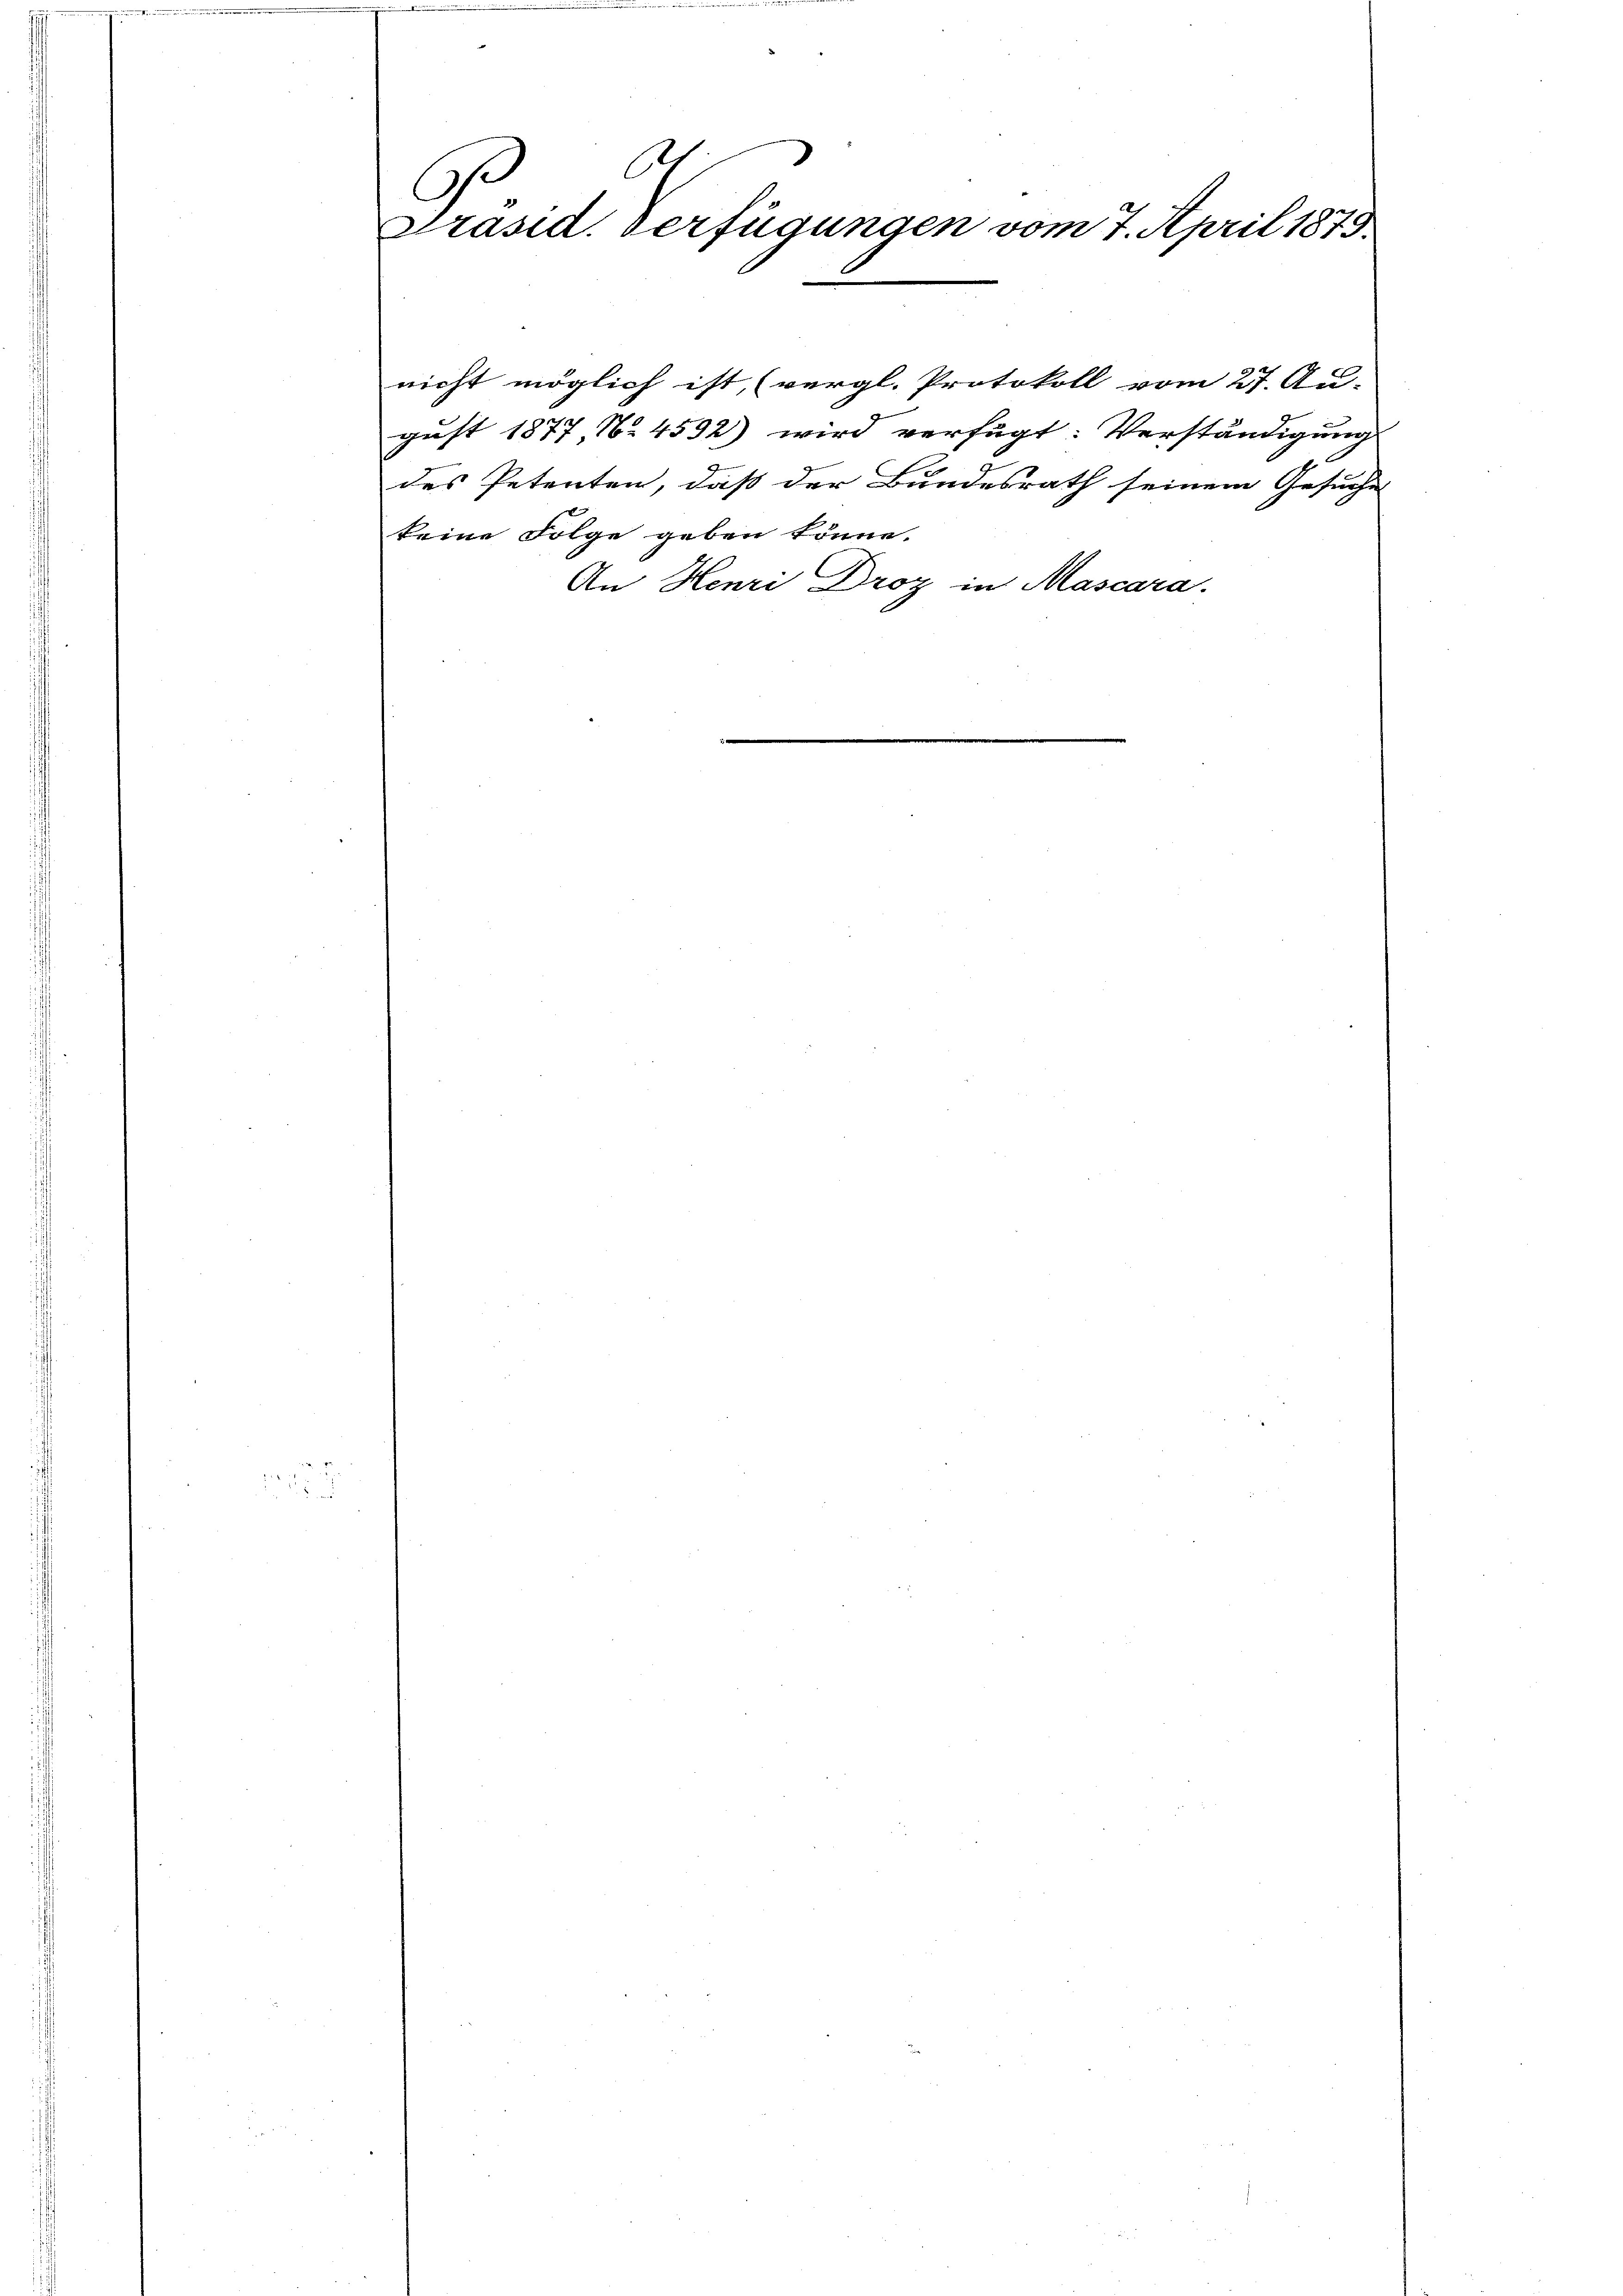
At
G.
Präsid. Verfügungen vom 7. April 1875.

nicht möglich ist, (vergl. Protokoll vom 27. Au-
gust 1877, No 4592) wird verfügt: Verständigung
des Petenten, daß der Bundesrath seinem Gesuche
keine Folge geben könne.
An Henri Droz in Mascara.